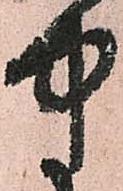
中